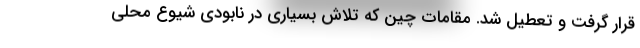
قرار گرفت و تعطیل شد. مقامات چین که تلاش بسیاری در نابودی شیوع محلی